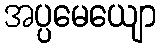
အပ္ပမေယျော